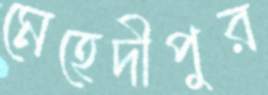
মেহেদীপুর